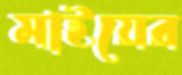
মাইয়ের